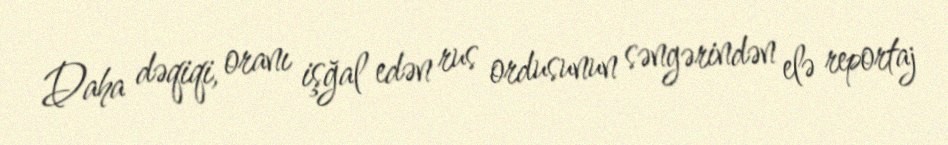
Daha dəqiqi, oranı işğal edən rus ordusunun səngərindən elə reportaj